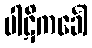
ပါဋိကင်္ခေါ